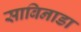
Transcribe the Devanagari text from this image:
साबिनाडा